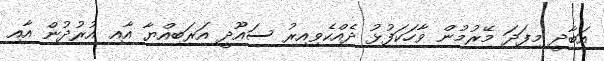
އަބާދީ މިފަދަ މޭރުމުން ވާހަކަފުޅު ދެއްކެވިއިރު ސައޫދީ އަރަބިއްޔާ އާއި އުރުުދުން އާއި